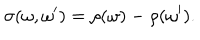
\sigma ( \omega , \omega ^ { \prime } ) = \rho ( \omega ) - \rho ( \omega ^ { \prime } ) .